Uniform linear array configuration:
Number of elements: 4
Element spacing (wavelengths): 0.5
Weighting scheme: binomial
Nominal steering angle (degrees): -30
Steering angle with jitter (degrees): -29.974
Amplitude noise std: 0.05
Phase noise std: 0.05

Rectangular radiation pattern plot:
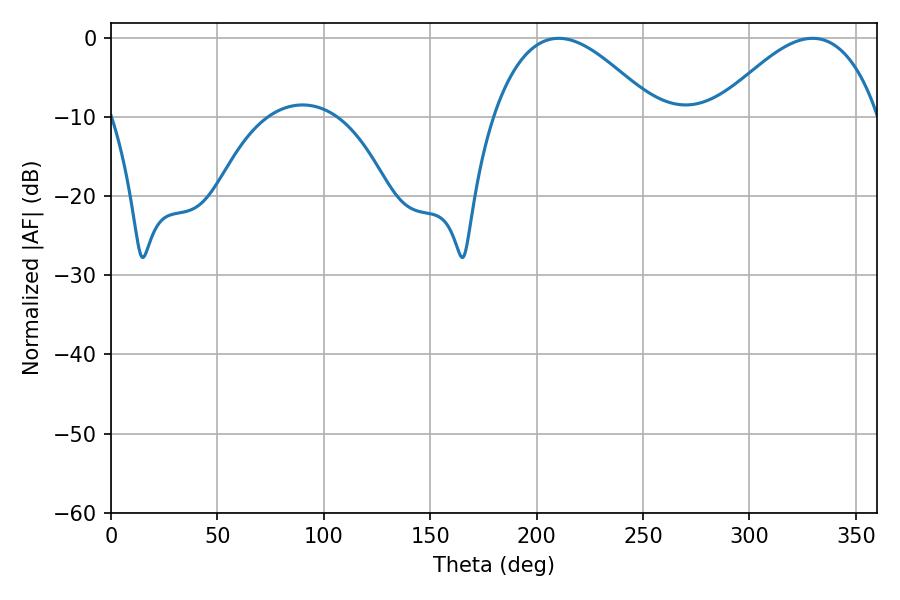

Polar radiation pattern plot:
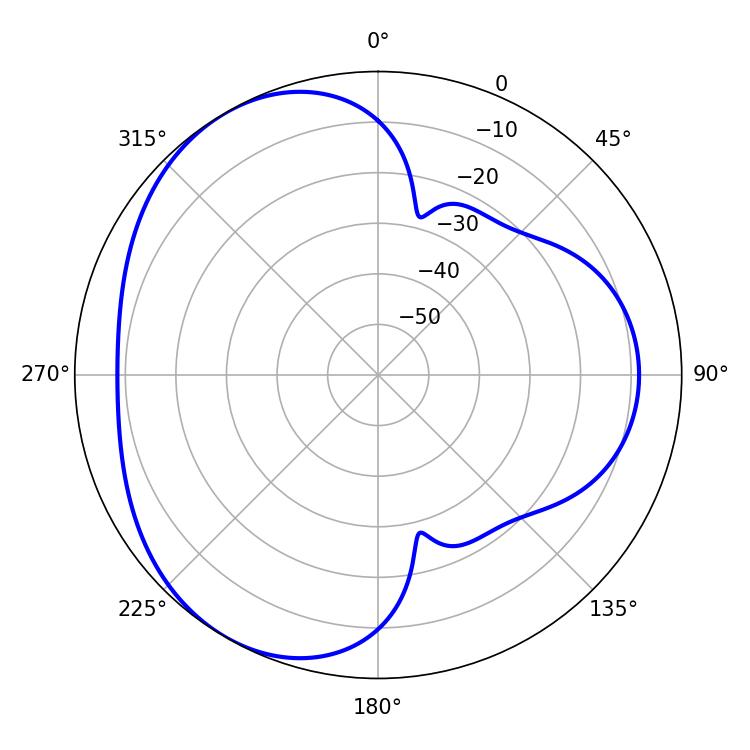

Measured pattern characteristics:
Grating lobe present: FALSE
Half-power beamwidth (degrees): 41.76
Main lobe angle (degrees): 210.42